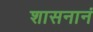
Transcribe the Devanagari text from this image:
शासनानं